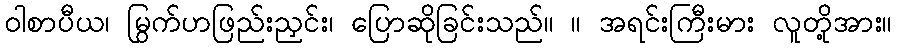
ဝါစာပီယ၊ မြွက်ဟဖြည်းညှင်း၊ ပြောဆိုခြင်းသည်။ ။ အရင်းကြီးမား လူတို့အား။